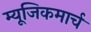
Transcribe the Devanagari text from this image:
म्यूजिकमार्च